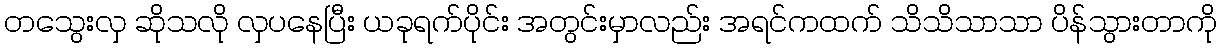
တသွေးလှ ဆိုသလို လှပနေပြီး ယခုရက်ပိုင်း အတွင်းမှာလည်း အရင်ကထက် သိသိသာသာ ပိန်သွားတာကို